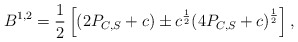
\begin{align*}B_{}^{1, 2} = \frac{1}{2} \left[ (2P_{C, S} + c) \pm c^{\frac{1}{2}}{(4 P_{C, S}+c)}^{\frac{1}{2}} \right],\end{align*}